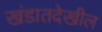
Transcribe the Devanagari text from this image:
खंडातदेखील